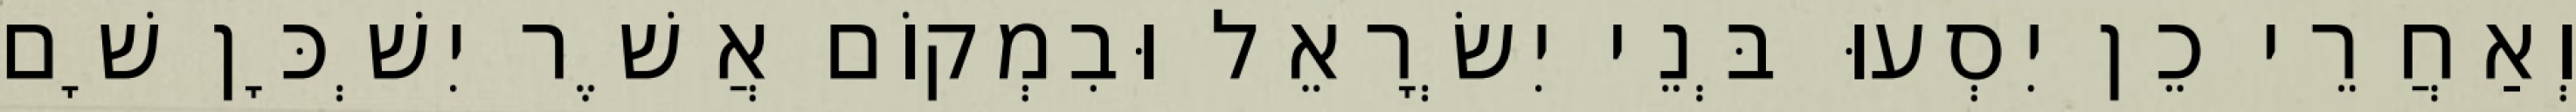
וְאַחֲרֵי כֵן יִסְעוּ בְּנֵי יִשְׂרָאֵל וּבִמְקוֹם אֲשֶׁר יִשְׁכָּן שָׁם